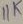
Text: 11K